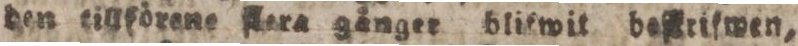
den tillförene ſlera gånger blifwit beſkrifwen,